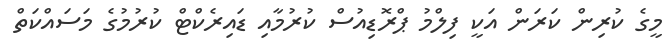
މީގެ ކުރިން ކަރަން އަކީ ފިލްމު ޕްރޮޑިއުސް ކުރުމާއި ޑައިރެކްޓް ކުރުމުގެ މަސައްކަތް